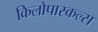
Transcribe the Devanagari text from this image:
किलोपास्कल्स